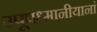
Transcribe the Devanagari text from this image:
उपूपध्मानीयानां